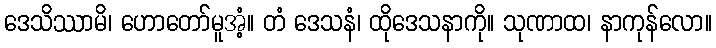
ဒေသိဿာမိ၊ ဟောတော်မူအံ့။ တံ ဒေသနံ၊ ထိုဒေသနာကို။ သုဏာထ၊ နာကုန်လော။